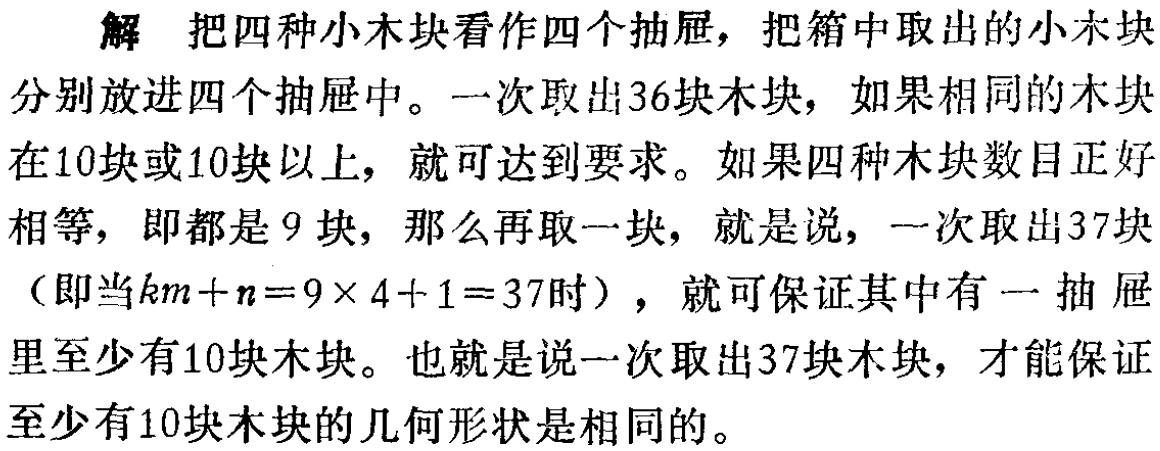
解 把四种小木块看作四个抽屉，把箱中取出的小木块分别放进四个抽屉中。一次取出36块木块，如果相同的木块在10块或10块以上，就可达到要求。如果四种木块数目正好相等，即都是9块，那么再取一块，就是说，一次取出37块（即当\(km + n = 9\times 4 + 1 = 37\)时），就可保证其中有一抽屉里至少有10块木块。也就是说一次取出37块木块，才能保证至少有10块木块的几何形状是相同的。